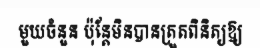
មួយចំនួន ប៉ុន្តែមិនបានត្រួតពិនិត្យឱ្យ